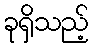
ခုရှိသည့်